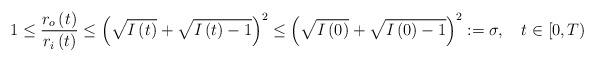
LaTeX: \begin{align*}1\leq\frac{r_{o}\left( t\right) }{r_{i}\left( t\right) }\leq\left(\sqrt{I\left( t\right) }+\sqrt{I\left( t\right) -1}\right) ^{2}\leq\left( \sqrt{I\left( 0\right) }+\sqrt{I\left( 0\right) -1}\right)^{2}:=\sigma,\ \ \ t\in\lbrack0,T) \end{align*}